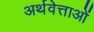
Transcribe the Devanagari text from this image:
अर्थवेत्ताओं